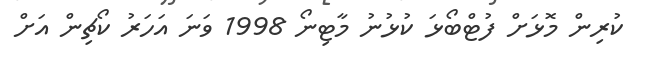
ކުރިން މޮޅަށް ފުޓްބޯޅަ ކުޅުނު މާޓިނޯ 1998 ވަނަ އަހަރު ކޯޗިން އަށް